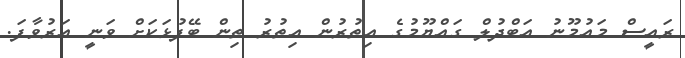
ރައީސް މަައުމޫނު އަބްދުލް ގައްޔޫމުގެ އިތުރުން އިތުރު ތިން ބޭފުޅަކަށް ވަނީ އަރުވާފަ.